King Institute of Preventive Medicine Bacteriolog. Section reports 1907-08
Year: 1907
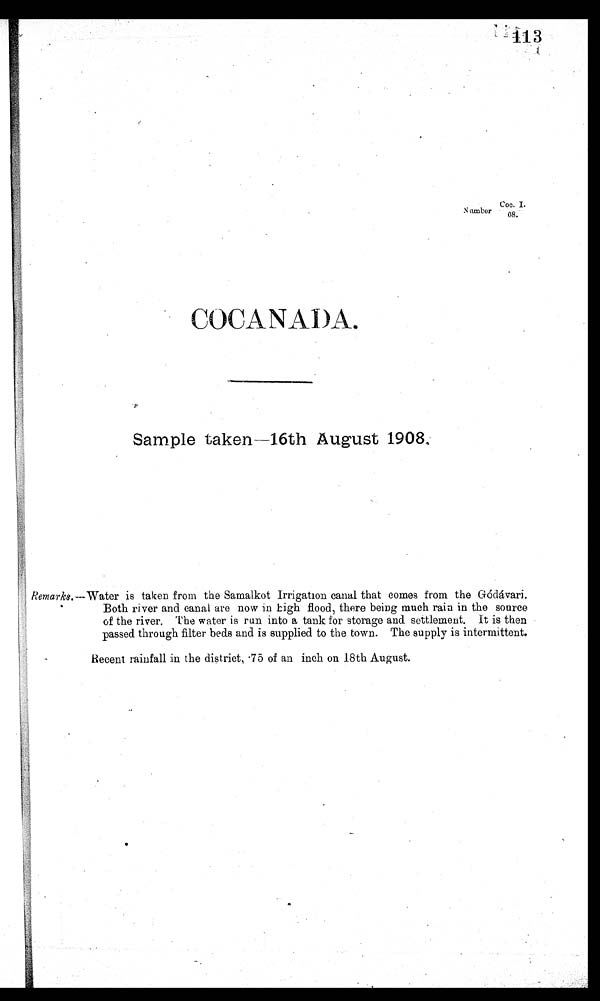
113 ti
N amber Coe. I.
08.
COCA NADA.
Sample taken-16th August 1908.
Remarks.—Water is taken from the Samalkot Irrigation canal that comes from the Gódávari.dávari.
Both river and canal are now in high flood, there being much rain in the source
of the river. The water is run into a tank for storage and settlement. It is then
passed through filter beds and is supplied to the town. The supply is intermittent.
Recent rainfall in the district, • 75 of an inch on 18th August.